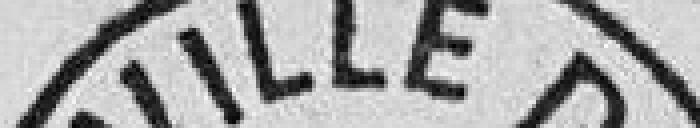
VILLE DE